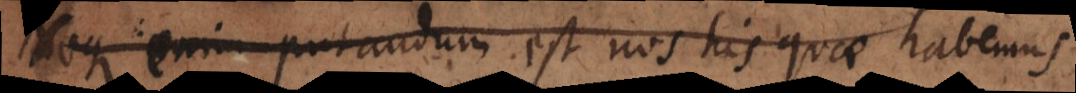
que enim putandum est nos his quae habemus